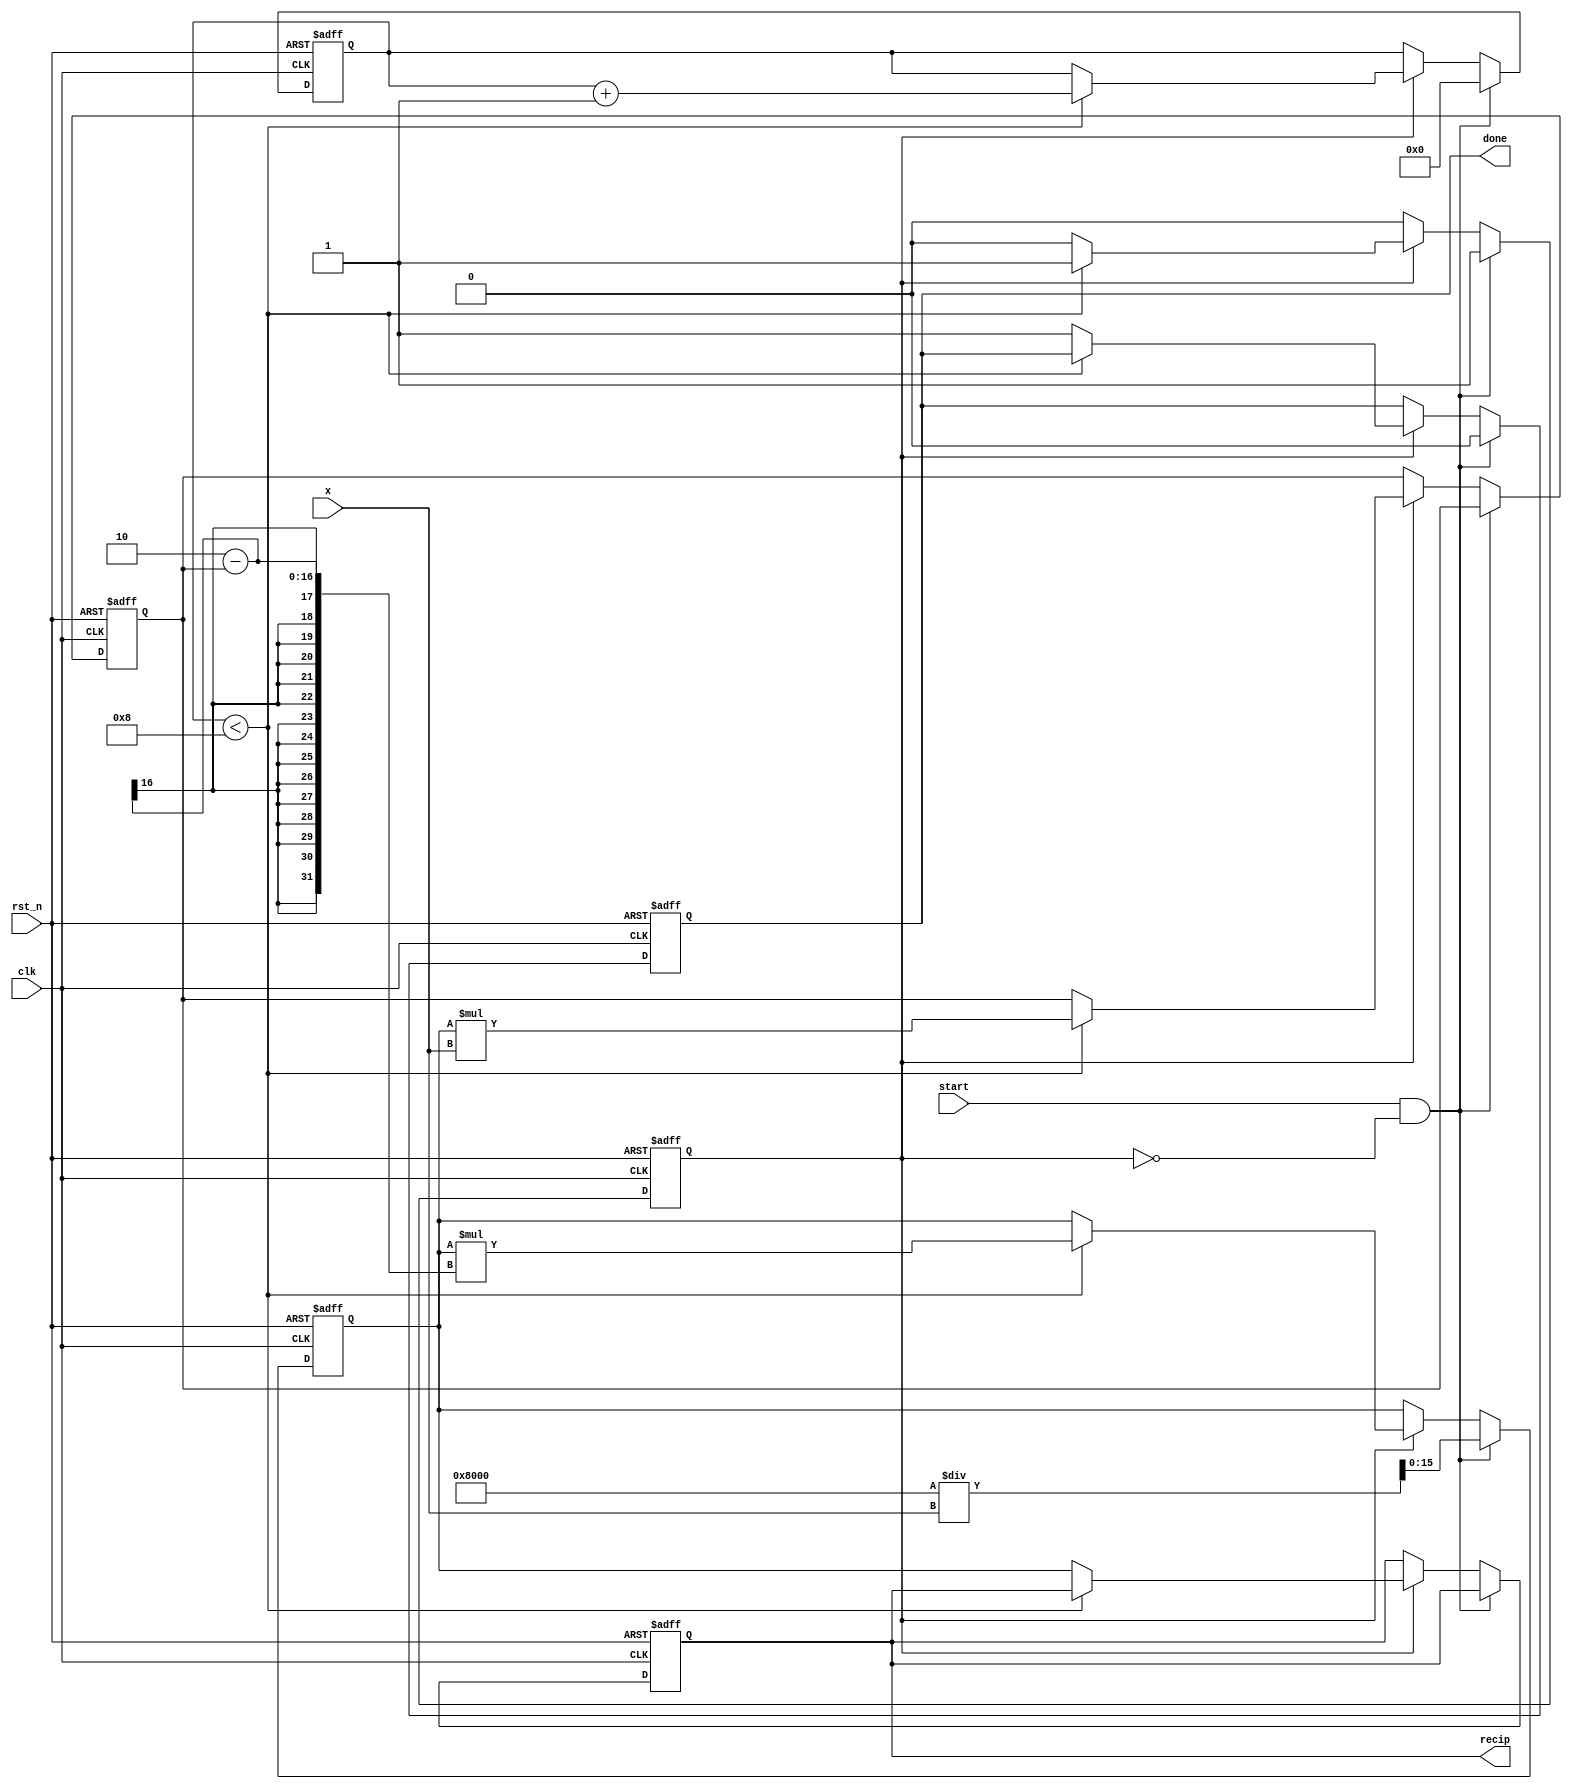
module iterative_reciprocal #(
    parameter N = 16, // Bit-width of the input and output
    parameter MAX_ITER = 8 // Maximum number of iterations for convergence
)(
    input wire clk,
    input wire rst_n,
    input wire [N-1:0] x, // Input value (must be > 0)
    input wire start,
    output reg [N-1:0] recip, // Output reciprocal value
    output reg done // Indicate completion of computation
);

    reg [N-1:0] current_guess;
    reg [N-1:0] error;
    reg [3:0] iter_count; // Counter for iterations
    reg busy; // Status of the computation

    // Initial guess for the reciprocal (can be improved based on application specifics)
    function [N-1:0] initial_guess;
        input [N-1:0] x;
        begin
            initial_guess = (1 << (N-1)) / x; // Simple initial guess: 1/x
        end
    endfunction

    // Main computation process
    always @(posedge clk or negedge rst_n) begin
        if (!rst_n) begin
            recip <= 0;
            current_guess <= 0;
            error <= 0;
            iter_count <= 0;
            done <= 0;
            busy <= 0;
        end else if (start && !busy) begin
            // Start computation
            current_guess <= initial_guess(x);
            iter_count <= 0;
            done <= 0;
            busy <= 1;
        end else if (busy) begin
            // Iterate until max iterations or convergence
            if (iter_count < MAX_ITER) begin
                // Calculate error = current_guess * x
                error <= current_guess * x;
                // Update guess using Newton-Raphson formula
                current_guess <= current_guess * (2 - error);
                iter_count <= iter_count + 1;
            end else begin
                // Finished iterations
                recip <= current_guess;
                done <= 1;
                busy <= 0;
            end
        end
    end

endmodule